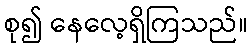
စု၍ နေလေ့ရှိကြသည်။